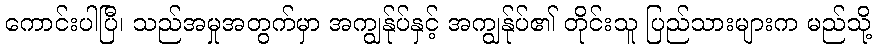
ကောင်းပါပြီ၊ သည်အမှုအတွက်မှာ အကျွန်ုပ်နှင့် အကျွန်ုပ်၏ တိုင်းသူ ပြည်သားများက မည်သို့